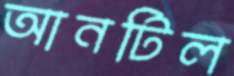
আনটিল